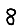
Digit: 8